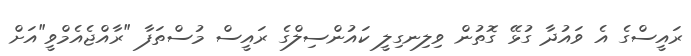
ރައީސްގެ އެ ވައުދާ ގުޅޭ ގޮތުން ވިލިނގިލީ ކައުންސިލްގެ ރައީސް މުސްތަފާ "ރާއްޖެއެމްވީ"އަށް